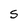
Character: S